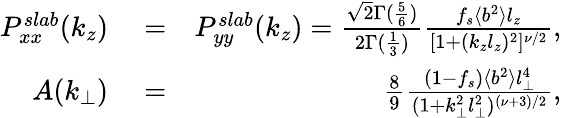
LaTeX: \begin{array}{rlr}{P_{xx}^{slab}(k_{z})}&{{}=}&{P_{yy}^{slab}(k_{z})=\frac{\sqrt{2}\Gamma(\frac{5}{6})}{2\Gamma(\frac{1}{3})}\frac{f_{s}\langle b^{2}\rangle l_{z}}{[1+(k_{z}l_{z})^{2}]^{\nu/2}},}\\ {A(k_{\perp})}&{{}=}&{\frac{8}{9}\frac{(1-f_{s})\langle b^{2}\rangle l_{\perp}^{4}}{(1+k_{\perp}^{2}l_{\perp}^{2})^{(\nu+3)/2}},}\end{array}